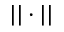
| | \cdot | |